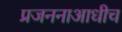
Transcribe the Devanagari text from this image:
प्रजननाआधीच